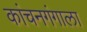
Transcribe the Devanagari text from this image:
कांचनगंगाला